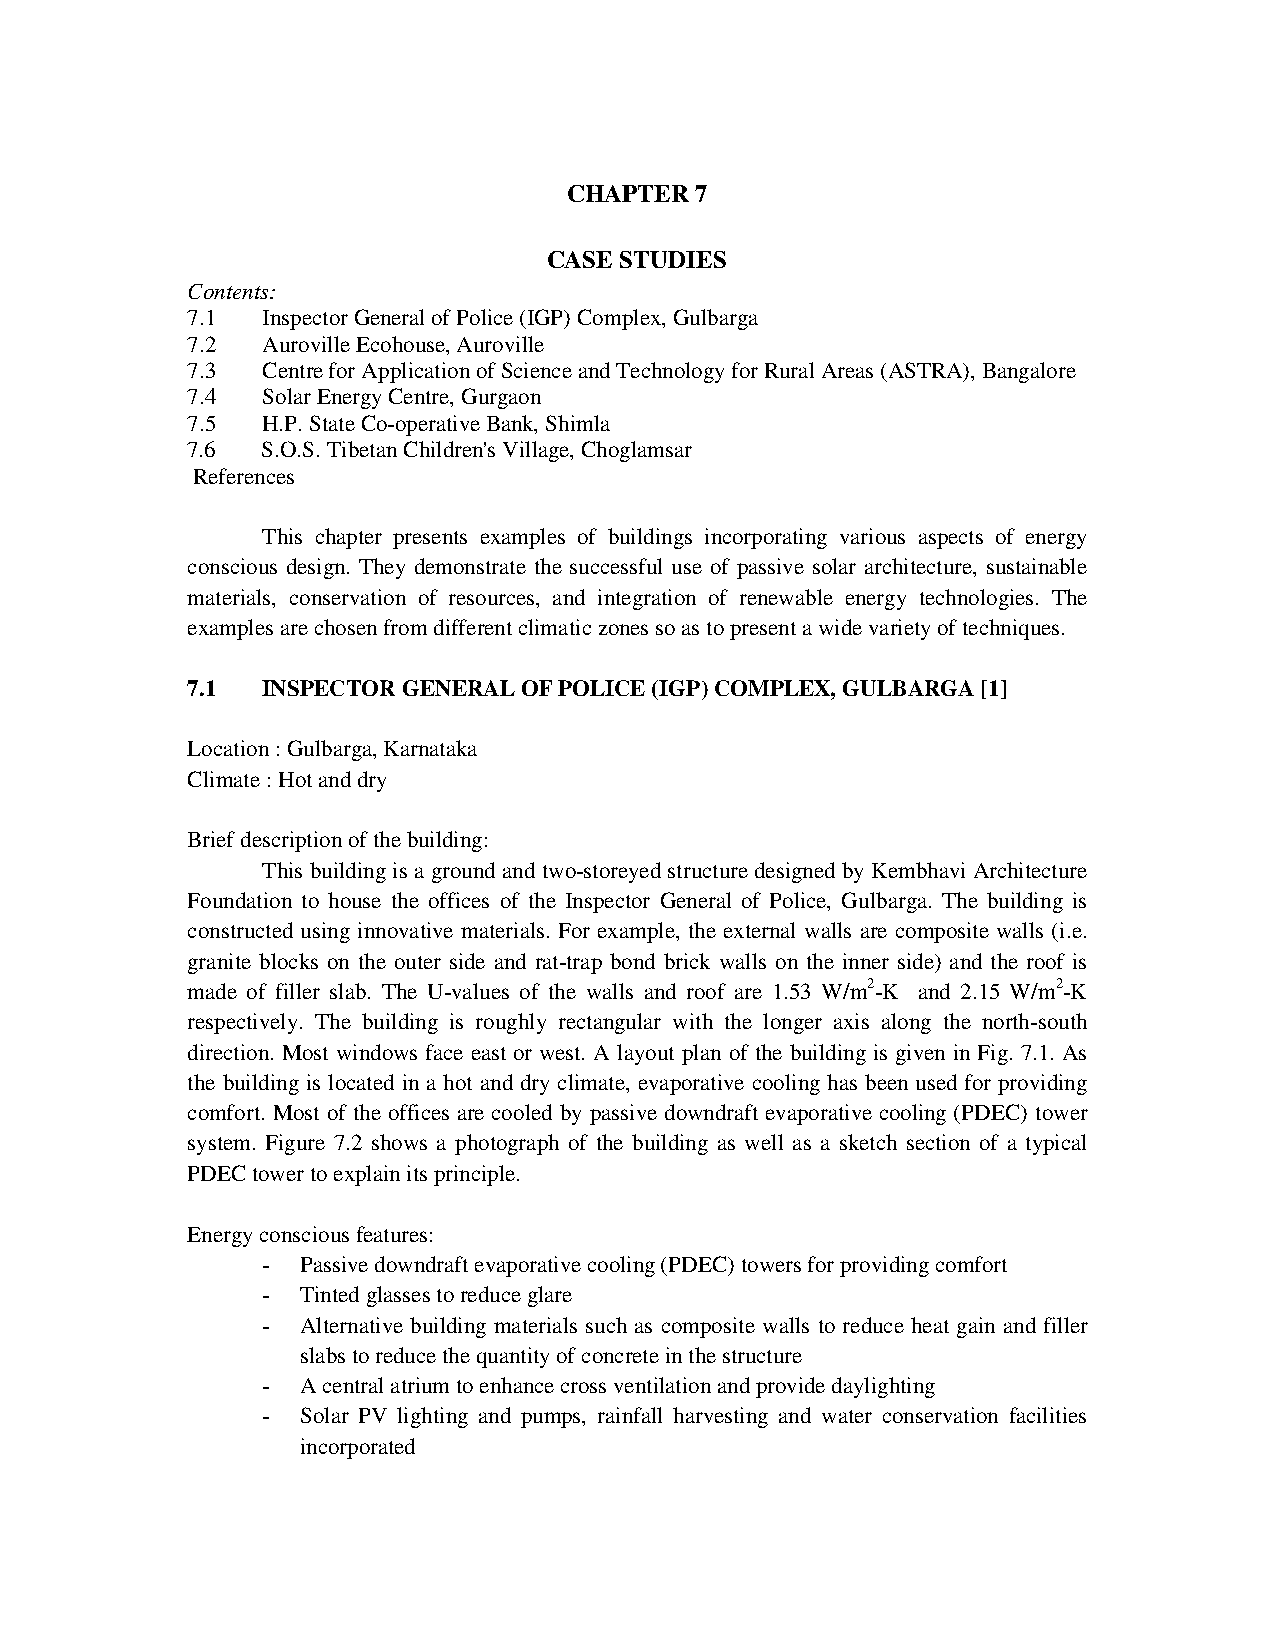
CHAPTER 7
 CASE STUDIES
 Contents:
 7.1  Inspector General of Police (IGP) Complex, Gulbarga
 7.2  Auroville Ecohouse, Auroville
 7.3  Centre for Application of Science and Technology for Rural Areas (ASTRA), Bangalore
 7.4  Solar Energy Centre, Gurgaon
 7.5  H.P. State Co-operative Bank, Shimla
 7.6  S.O.S. Tibetan Children's Village, Choglamsar
 References
 This chapter presents examples of buildings incorporating various aspects of energy
 conscious design. They demonstrate the successful use of passive solar architecture, sustainable
 materials, conservation of resources, and integration of renewable energy technologies. The
 examples are chosen from different climatic zones so as to present a wide variety of techniques.
 7.1  INSPECTOR GENERAL OF POLICE (IGP) COMPLEX, GULBARGA [1]
 Location : Gulbarga, Karnataka
 Climate : Hot and dry
 Brief description of the building:
 This building is a ground and two-storeyed structure designed by Kembhavi Architecture
 Foundation to house the offices of the Inspector General of Police, Gulbarga. The building is
 constructed using innovative materials. For example, the external walls are composite walls (i.e.
 granite blocks on the outer side and rat-trap bond brick walls on the inner side) and the roof is
 made of filler slab. The U-values of the walls and roof are 1.53 W/m2-K and 2.15 W/m2-K
 respectively. The building is roughly rectangular with the longer axis along the north-south
 direction. Most windows face east or west. A layout plan of the building is given in Fig. 7.1. As
 the building is located in a hot and dry climate, evaporative cooling has been used for providing
 comfort. Most of the offices are cooled by passive downdraft evaporative cooling (PDEC) tower
 system. Figure 7.2 shows a photograph of the building as well as a sketch section of a typical
 PDEC tower to explain its principle.
 Energy conscious features:
 -  Passive downdraft evaporative cooling (PDEC) towers for providing comfort
 -  Tinted glasses to reduce glare
 -  Alternative building materials such as composite walls to reduce heat gain and filler
 slabs to reduce the quantity of concrete in the structure
 -  A central atrium to enhance cross ventilation and provide daylighting
 -  Solar PV lighting and pumps, rainfall harvesting and water conservation facilities
 incorporated